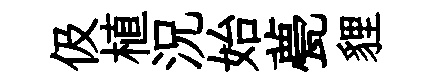
伋植況始甍貍